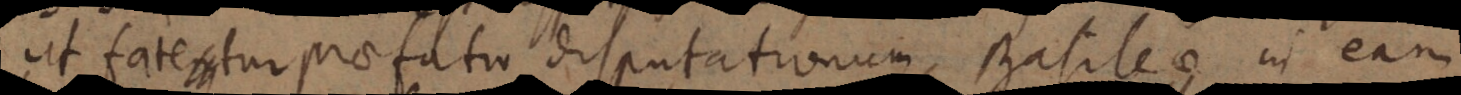
ut fatetur praefatio disputationum Basileae in eam